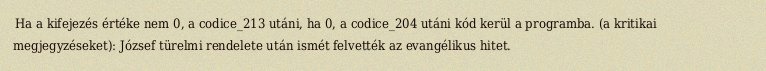
Ha a kifejezés értéke nem 0, a codice_213 utáni, ha 0, a codice_204 utáni kód kerül a programba. (a kritikai megjegyzéseket): József türelmi rendelete után ismét felvették az evangélikus hitet.